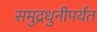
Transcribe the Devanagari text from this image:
समुद्रधुनीपर्यंत